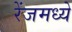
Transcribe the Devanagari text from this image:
रेंजमध्ये